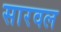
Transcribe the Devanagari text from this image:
सारवल